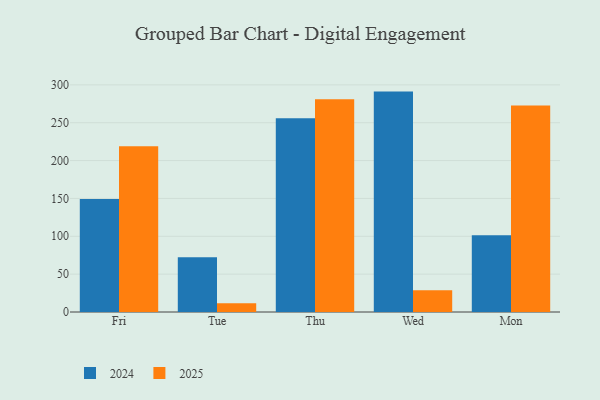
{"axis": {"x": "Day", "y": "LTV (USD)"}, "legend": ["2024", "2025"], "data": [{"x": "Fri", "y": 218.9, "type": "2025"}, {"x": "Fri", "y": 149.3, "type": "2024"}, {"x": "Tue", "y": 11.5, "type": "2025"}, {"x": "Tue", "y": 72.3, "type": "2024"}, {"x": "Thu", "y": 281.1, "type": "2025"}, {"x": "Thu", "y": 255.9, "type": "2024"}, {"x": "Wed", "y": 28.6, "type": "2025"}, {"x": "Wed", "y": 291.1, "type": "2024"}, {"x": "Mon", "y": 272.9, "type": "2025"}, {"x": "Mon", "y": 101.3, "type": "2024"}]}